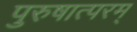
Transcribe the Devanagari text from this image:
पुरुषात्परम्